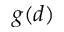
g ( d )